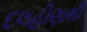
દલહીણાથી